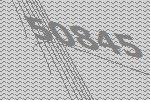
50845